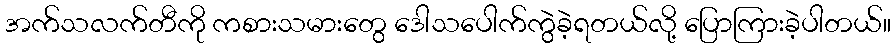
အက်သလက်တီကို ကစားသမားတွေ ဒေါသပေါက်ကွဲခဲ့ရတယ်လို့ ပြောကြားခဲ့ပါတယ်။